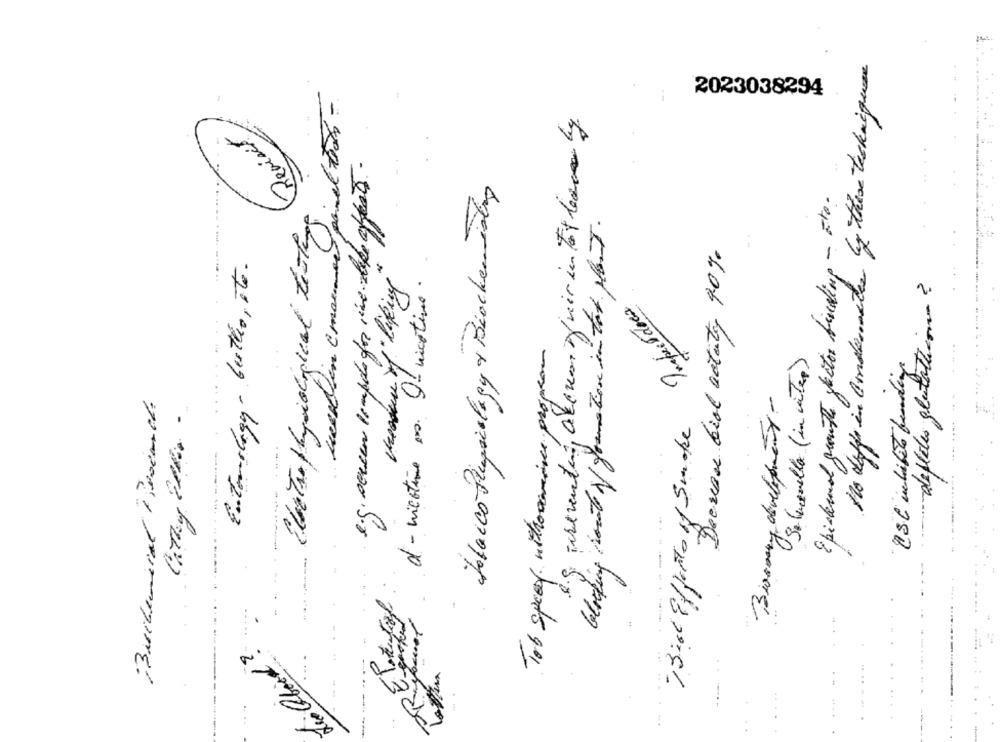
No diffe in Condimentos by these techniques
Lessin Emanmed painel boot-
2023038294
Perist
e.g. sercem lompolo for sine like afest .
Jacco Pingiology & Biochemistry
Epidermal growth factor biscaling - 5to.
Electro physiological testing
blocking route of goome tion in tot. plb.T.
Decrease biol actaty 90%
Entomology - butho, ito.
Pressure of"liking
d- nicotine es Of vicotive.
depletes glutatione
Inspectdocs
Tob speed nitrovamine propre
Salmonella (in center)
CSC inlifeto funding
Biosmy development -
Cathy Ell -
13idl Effetto of Smoke
-
-...
FRELEGel
Lialboid ?
.